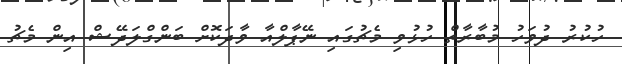
ހުކުރު ދުވަހު މުބާރާތް ހުޅުވި މެޗުގައި ނޭޕާލްއާ ވާދަކޮށް ބަންގްލަދޭޝް އިން މެޗު